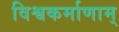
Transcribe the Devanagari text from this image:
विश्वकर्माणाम्